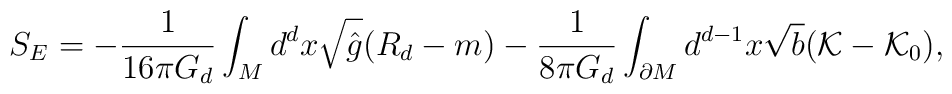
S_{E} = - \frac{1}{16\pi G_{d}} \int_{M} d^{d}x \sqrt{\hat{g}} (R_{d} - m) -\frac{1}{8 \pi G_{d}} \int_{\partial M} d^{d-1}x \sqrt{b} ({\cal{K}} - {\cal{K}}_{0}),